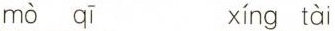
mò qī xíng tài